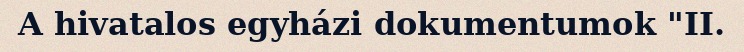
A hivatalos egyházi dokumentumok "II.